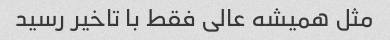
مثل همیشه عالی فقط با تاخیر رسید